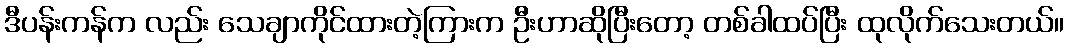
ဒီပန်းကန်က လည်း သေချာကိုင်ထားတဲ့ကြားက ဦးဟာဆိုပြီးတော့ တစ်ခါထပ်ပြီး ထုလိုက်သေးတယ်။